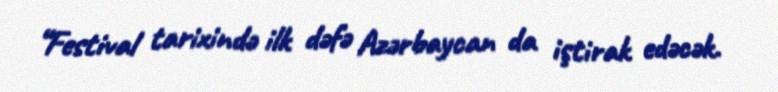
“Festival tarixində ilk dəfə Azərbaycan da iştirak edəcək.